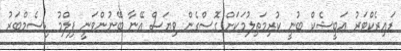
ޑައިރެކްޓަރު އަބީޝެކް ބުނީ ކުރިމަތިލުމަކަށް ގޮސްގެން ވިޔަސް އޭނާ ބޭނުންވަނީ ފިލްމު ޑިސެމްބަރު